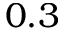
0 . 3